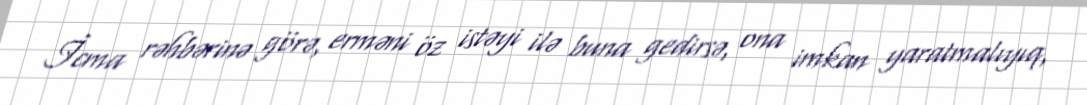
İcma rəhbərinə görə, erməni öz istəyi ilə buna gedirsə, ona imkan yaratmalıyıq,